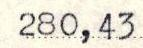
280,43